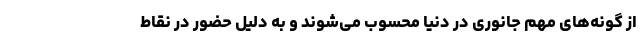
از گونه‌های مهم جانوری در دنیا محسوب می‌شوند و به دلیل حضور در نقاط